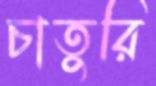
চাতুরি